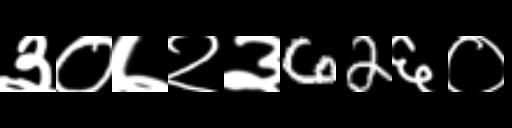
Text: ३०७२३62६०